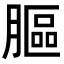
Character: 膒